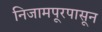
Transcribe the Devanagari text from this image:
निजामपूरपासून